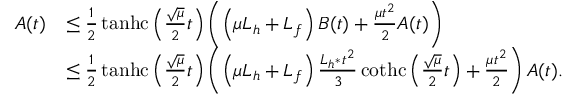
\begin{array} { r l } { A ( t ) } & { \leq \frac { 1 } { 2 } \operatorname { t a n h c } \left( \frac { \sqrt { \mu } } { 2 } t \right) \left( \left( \mu L _ { h } + L _ { f } \right) B ( t ) + \frac { \mu t ^ { 2 } } { 2 } A ( t ) \right) } \\ & { \leq \frac { 1 } { 2 } \operatorname { t a n h c } \left( \frac { \sqrt { \mu } } { 2 } t \right) \left( \left( \mu L _ { h } + L _ { f } \right) \frac { L _ { h ^ { * } } t ^ { 2 } } { 3 } \operatorname { c o t h c } \left( \frac { \sqrt { \mu } } { 2 } t \right) + \frac { \mu t ^ { 2 } } { 2 } \right) A ( t ) . } \end{array}